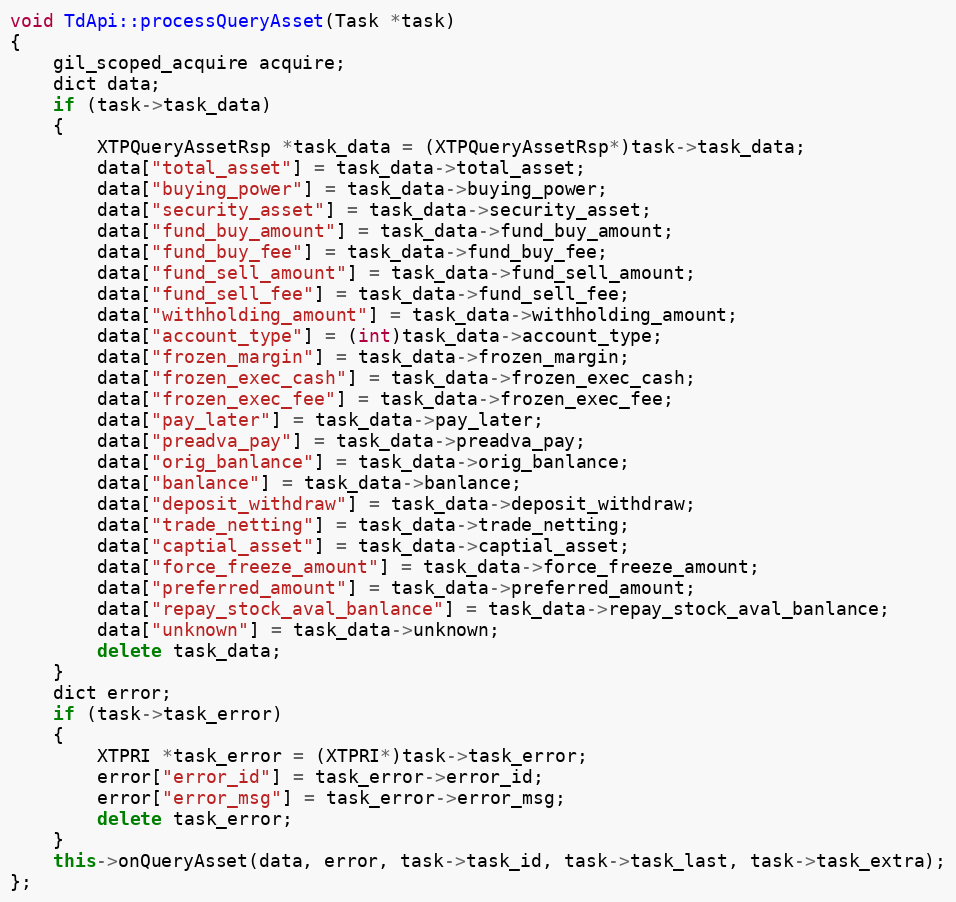
Language: C++
void TdApi::processQueryAsset(Task *task)
{
	gil_scoped_acquire acquire;
	dict data;
	if (task->task_data)
	{
		XTPQueryAssetRsp *task_data = (XTPQueryAssetRsp*)task->task_data;
		data["total_asset"] = task_data->total_asset;
		data["buying_power"] = task_data->buying_power;
		data["security_asset"] = task_data->security_asset;
		data["fund_buy_amount"] = task_data->fund_buy_amount;
		data["fund_buy_fee"] = task_data->fund_buy_fee;
		data["fund_sell_amount"] = task_data->fund_sell_amount;
		data["fund_sell_fee"] = task_data->fund_sell_fee;
		data["withholding_amount"] = task_data->withholding_amount;
		data["account_type"] = (int)task_data->account_type;
		data["frozen_margin"] = task_data->frozen_margin;
		data["frozen_exec_cash"] = task_data->frozen_exec_cash;
		data["frozen_exec_fee"] = task_data->frozen_exec_fee;
		data["pay_later"] = task_data->pay_later;
		data["preadva_pay"] = task_data->preadva_pay;
		data["orig_banlance"] = task_data->orig_banlance;
		data["banlance"] = task_data->banlance;
		data["deposit_withdraw"] = task_data->deposit_withdraw;
		data["trade_netting"] = task_data->trade_netting;
		data["captial_asset"] = task_data->captial_asset;
		data["force_freeze_amount"] = task_data->force_freeze_amount;
		data["preferred_amount"] = task_data->preferred_amount;
		data["repay_stock_aval_banlance"] = task_data->repay_stock_aval_banlance;
		data["unknown"] = task_data->unknown;
		delete task_data;
	}
	dict error;
	if (task->task_error)
	{
		XTPRI *task_error = (XTPRI*)task->task_error;
		error["error_id"] = task_error->error_id;
		error["error_msg"] = task_error->error_msg;
		delete task_error;
	}
	this->onQueryAsset(data, error, task->task_id, task->task_last, task->task_extra);
};